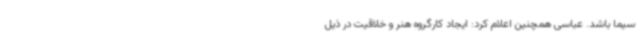
سیما باشد. عباسی همچنین اعلام کرد: ایجاد کارگروه هنر و خلاقیت در ذیل